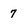
Character: 7